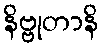
နိဗ္ဗုတာနိ